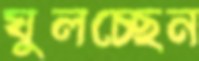
ঘুলচ্ছেন